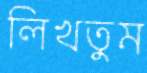
লিখতুম